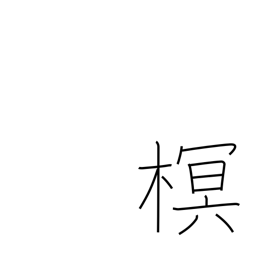
Meaning: type of tree